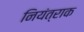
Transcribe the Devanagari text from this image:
नियंत्राक